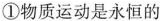
①物质运动是永恒的